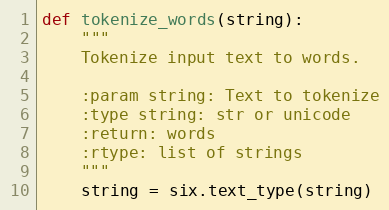
Language: Python
def tokenize_words(string):
    """
    Tokenize input text to words.

    :param string: Text to tokenize
    :type string: str or unicode
    :return: words
    :rtype: list of strings
    """
    string = six.text_type(string)